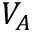
V _ { A }